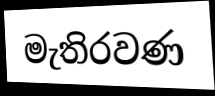
මැතිරවණ